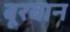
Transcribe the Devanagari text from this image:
बूरबान